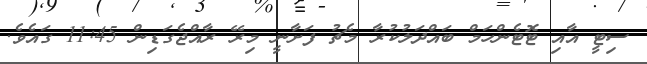
ސިޓީ އާއި ޓޮޓެންހަމް ބައްދަލުކުރާ މެޗު ފަށާނީ މިރޭ ރާއްޖެގަޑިން 11:45 ގައެވެ.